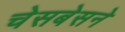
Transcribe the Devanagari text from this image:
चेसबेसने